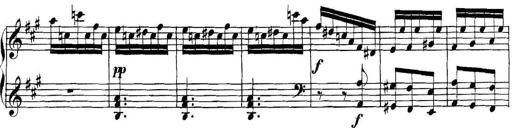
Title: Collected Piano Sonatas
Composer: Muzio Clementi